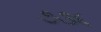
૭૩૬